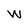
Character: W